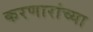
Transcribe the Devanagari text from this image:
करणारांच्या